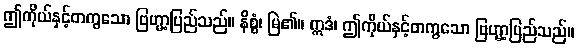
ဤကိုယ်နှင့်တကွသော ဗြဟ္မာ့ပြည်သည်။ နိစ္စံ၊ မြဲ၏။ ဣဒံ၊ ဤကိုယ်နှင့်တကွသော ဗြဟ္မာ့ပြည်သည်။